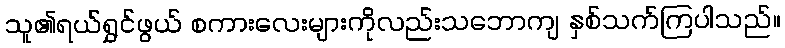
သူ၏ရယ်ရွှင်ဖွယ် စကားလေးများကိုလည်းသဘောကျ နှစ်သက်ကြပါသည်။